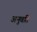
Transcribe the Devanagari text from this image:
अनुवर्ति